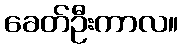
ခေတ်ဦးကာလ။